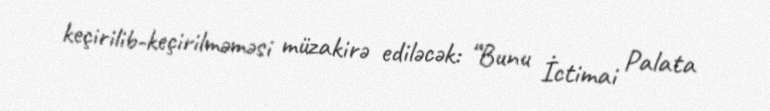
keçirilib-keçirilməməsi müzakirə ediləcək: “Bunu İctimai Palata